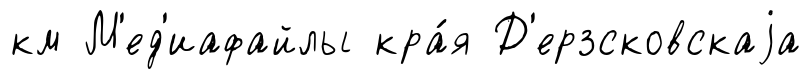
км М'ед'иафайлы кра́я Д'ерзсковскаjа